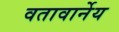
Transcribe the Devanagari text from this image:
वतावार्नेय